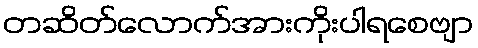
တဆိတ်လောက်အားကိုးပါရစေဗျာ